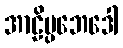
အာဠိပ္ပဘေဒေါ